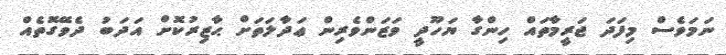
ނަމަވެސް މިފަދަ ޖަރީމާތައް ހިންގާ ޔަހޫދީ ވަޒަންވެރިން ޢަދާލަތަށް ޙާޒިރުކޮށް އަދަބު ދެވޭގޮތެއް